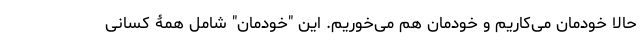
حالا خودمان می‌کاریم و خودمان هم می‌خوریم. این "خودمان" شامل همۀ کسانی